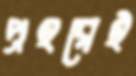
প্রহরেই